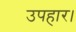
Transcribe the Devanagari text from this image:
उपहार।